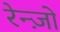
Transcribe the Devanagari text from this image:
रेन्ज़ो